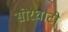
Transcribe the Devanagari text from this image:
सोरघाटी